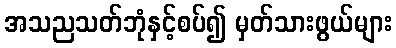
အသညသတ်ဘုံနှင့်စပ်၍ မှတ်သားဖွယ်များ